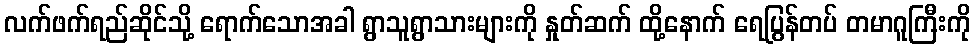
လက်ဖက်ရည်ဆိုင်သို့ ရောက်သောအခါ ရွာသူရွာသားများကို နှုတ်ဆက် ထို့နောက် ရေပြွန်တပ် တမာဂူကြီးကို